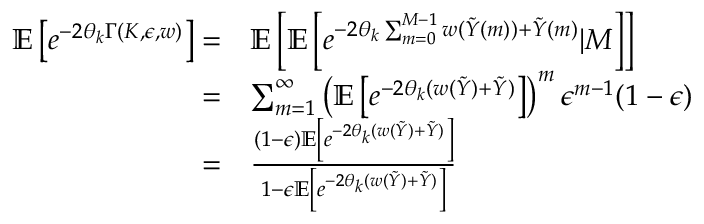
\begin{array} { r l } { \mathbb { E } \left[ e ^ { - 2 \theta _ { k } \Gamma ( K , \epsilon , w ) } \right] = } & { \mathbb { E } \left[ \mathbb { E } \left[ e ^ { - 2 \theta _ { k } \sum _ { m = 0 } ^ { M - 1 } w ( \tilde { Y } ( m ) ) + \tilde { Y } ( m ) } | M \right] \right] } \\ { = } & { \sum _ { m = 1 } ^ { \infty } \left( \mathbb { E } \left[ e ^ { - 2 \theta _ { k } ( w ( \tilde { Y } ) + \tilde { Y } ) } \right] \right) ^ { m } \epsilon ^ { m - 1 } ( 1 - \epsilon ) } \\ { = } & { \frac { ( 1 - \epsilon ) \mathbb { E } \left[ e ^ { - 2 \theta _ { k } ( w ( \tilde { Y } ) + \tilde { Y } ) } \right] } { 1 - \epsilon \mathbb { E } \left[ e ^ { - 2 \theta _ { k } ( w ( \tilde { Y } ) + \tilde { Y } ) } \right] } } \end{array}